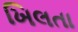
ખિલતા